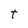
Character: t